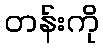
တန်းကို